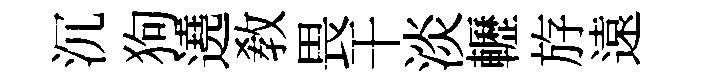
沉狗遶敎畏干淡轣斿遠